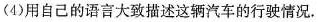
(4) 用自己的语言大致描述这辆汽车的行驶情况.